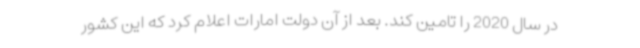
در سال 2020 را تامین کند. بعد از آن دولت امارات اعلام کرد که این کشور